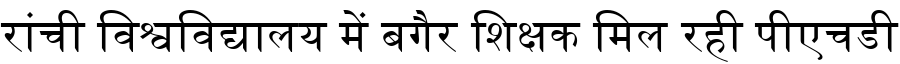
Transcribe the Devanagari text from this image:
रांची विश्वविद्यालय में बगैर शिक्षक मिल रही पीएचडी